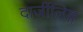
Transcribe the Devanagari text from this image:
दार्जीलिङ्ग